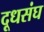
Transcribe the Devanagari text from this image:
दूधसंघ